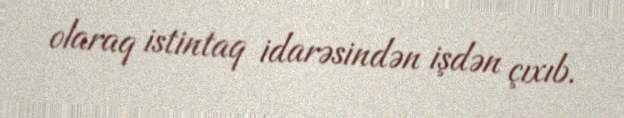
olaraq istintaq idarəsindən işdən çıxıb.